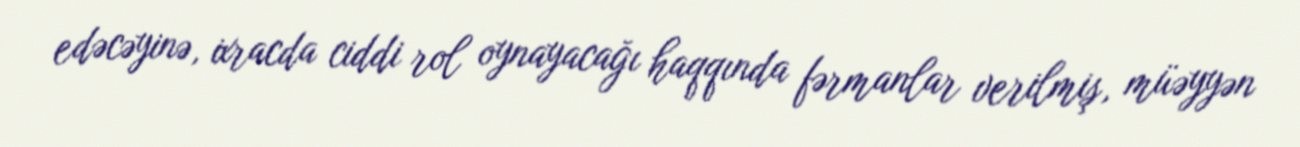
edəcəyinə, ixracda ciddi rol oynayacağı haqqında fərmanlar verilmiş, müəyyən